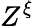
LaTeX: Z^{\xi}